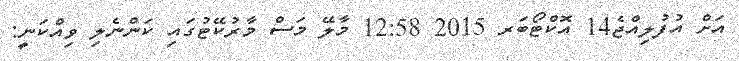
އަށް އުފުލިއްޖެ14 އޮކްޓޯބަރ 2015 12:58 މާލޭ މަސް މާރުކޭޓުގައި ކަންނެލި ވިއްކަނީ: